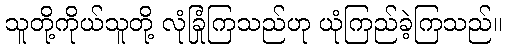
သူတို့ကိုယ်သူတို့ လုံခြုံကြသည်ဟု ယုံကြည်ခဲ့ကြသည်။